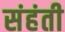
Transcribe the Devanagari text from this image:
संहंती